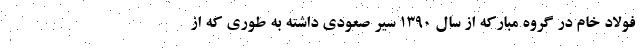
فولاد خام در گروه مبارکه از سال ۱۳۹۰ سیر صعودی داشته به طوری که از